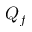
Q _ { f }